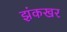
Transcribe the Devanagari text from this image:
झंकखर